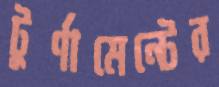
টুর্ণামেন্টের